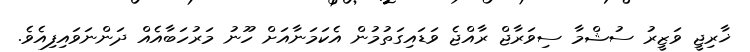
ޚާރިޖީ ވަޒީރު ސުޝްމާ ސިވަރާޖް ރާއްޖެ ވަޑައިގަތުމުން އެކަމަނާއަށް ހޫނު މަރުހަބާއެއް ދަންނަވައިފިއެވެ.